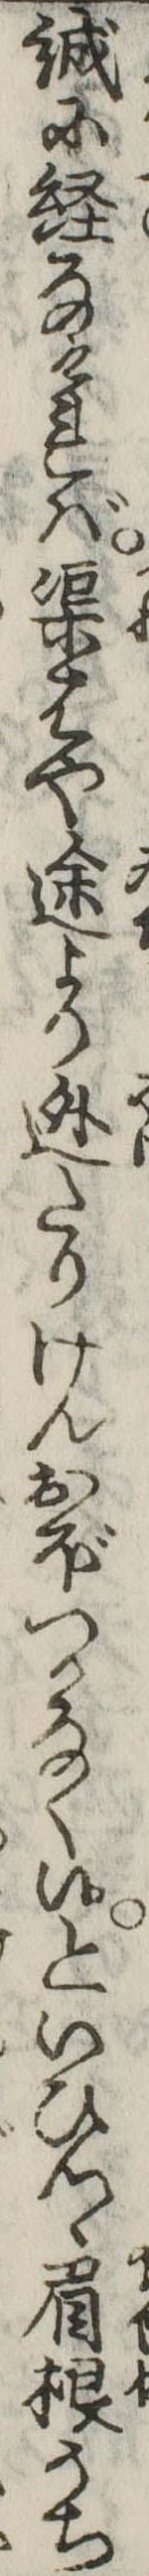
誠に経なければ渠はや途より逃たりけんおぼつかなく候といひつゝ眉根うち